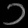
Digit: ၁